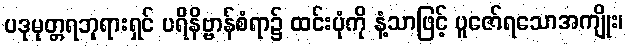
ပဒုမုတ္တရဘုရားရှင် ပရိနိဗ္ဗာန်စံရာ၌ ထင်းပုံကို နံ့သာဖြင့် ပူဇော်ရသောအကျိုး၊